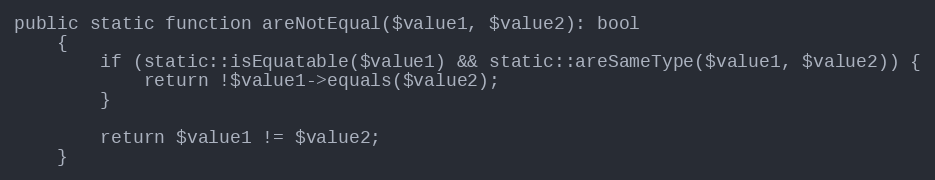
Language: PHP
public static function areNotEqual($value1, $value2): bool
    {
        if (static::isEquatable($value1) && static::areSameType($value1, $value2)) {
            return !$value1->equals($value2);
        }

        return $value1 != $value2;
    }